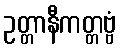
ဥတ္တာနီကတ္တဗ္ဗံ